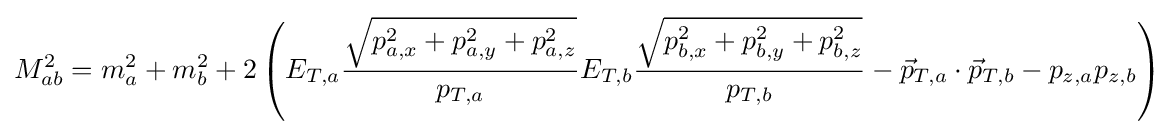
M_{ab}^{2}=m_{a}^{2}+m_{b}^{2}+2\left(E_{T,a}{\frac {\sqrt {p_{a,x}^{2}+p_{a,y}^{2}+p_{a,z}^{2}}}{p_{T,a}}}E_{T,b}{\frac {\sqrt {p_{b,x}^{2}+p_{b,y}^{2}+p_{b,z}^{2}}}{p_{T,b}}}-{\vec {p}}_{T,a}\cdot {\vec {p}}_{T,b}-p_{z,a}p_{z,b}\right)